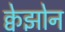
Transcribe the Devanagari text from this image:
क्वेझोन